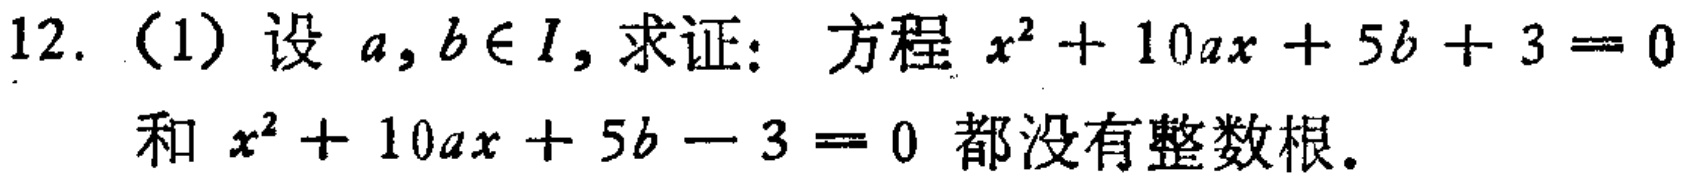
12. (1) 设 \(a,b\in I\)，求证：方程 \(x^{2}+10ax + 5b + 3 = 0\) 和 \(x^{2}+10ax + 5b - 3 = 0\) 都没有整数根。